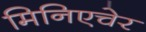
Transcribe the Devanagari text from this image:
मिनिएचेर